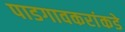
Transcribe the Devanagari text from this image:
पाडगावकरांकडे